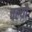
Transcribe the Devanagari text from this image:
चल्यौ